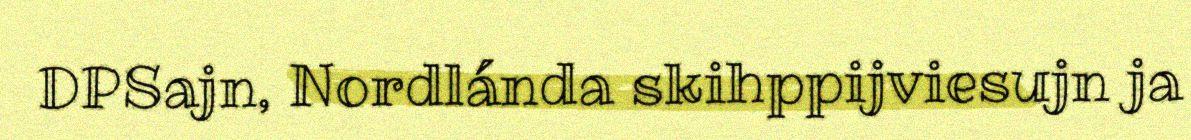
DPSajn, Nordlánda skihppijviesujn ja